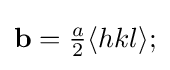
\mathbf {b} ={\tfrac {a}{2}}\langle hkl\rangle ;